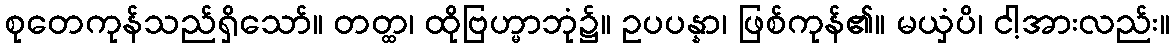
စုတေကုန်သည်ရှိသော်။ တတ္ထ၊ ထိုဗြဟ္မာဘုံ၌။ ဥပပန္နာ၊ ဖြစ်ကုန်၏။ မယှံပိ၊ ငါ့အားလည်း။